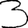
Digit: 3